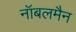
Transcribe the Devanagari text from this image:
नॉबलमैन